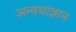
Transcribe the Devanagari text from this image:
अन्यथाज्ञान